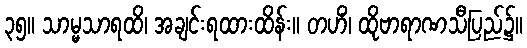
၃၅။ သာမ္မသာရထိ၊ အချင်းရထားထိန်း။ တဟိံ၊ ထိုဗာရာဏသီပြည်၌။